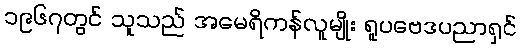
၁၉၆၇တွင် သူသည် အမေရိကန်လူမျိုး ရူပဗေဒပညာရှင်